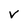
Character: V